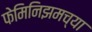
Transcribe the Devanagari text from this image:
फेमिनिझमच्या